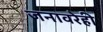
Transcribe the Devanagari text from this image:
जनावरेही